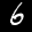
Label: 6